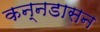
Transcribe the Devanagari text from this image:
कन्नडासन